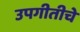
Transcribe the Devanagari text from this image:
उपगीतीचे